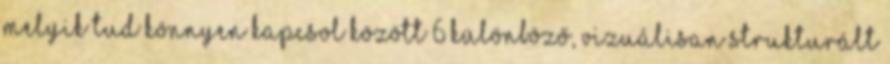
melyik tud könnyen kapcsol között 6 különböző, vizuálisan strukturált